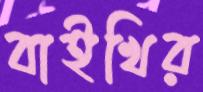
বাইখির